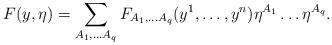
LaTeX: \begin{align*}F(y, \eta)=\sum_{A_1, \dots A_q} F_{A_1, \dots A_q} (y^1, \dots, y^n)\eta^{A_1} \dots \eta^{A_q}.\end{align*}